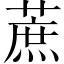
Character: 蔗